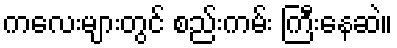
ကလေးများတွင် စည်းကမ်း ကြီးနေဆဲ။